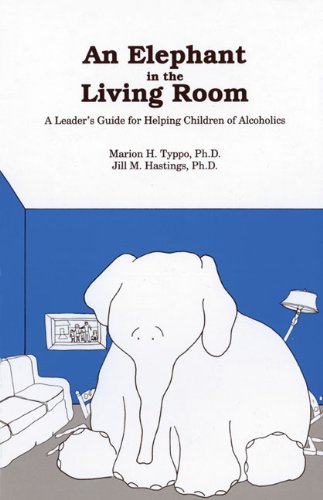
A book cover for An Elephant In the Living Room Leader's Guide: A Leader's Guide For Helping Children Of Alcoholics; Marion H Typpo Ph.D.; Health, Fitness & Dieting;